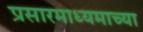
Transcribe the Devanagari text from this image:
प्रसारमाध्‍यमाच्‍या